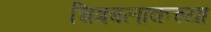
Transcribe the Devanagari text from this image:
चित्रबलाकच्या